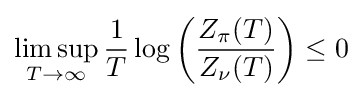
\limsup _{T\rightarrow \infty }{\frac {1}{T}}\log \left({\frac {Z_{\pi }(T)}{Z_{\nu }(T)}}\right)\leq 0